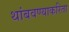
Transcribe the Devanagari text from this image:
थांबवण्याकरिता